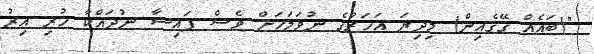
"(ބައެއް ގޭގެއިން) މިދިޔަ އަހަރުގެ ނުވަމަހަށް ވެސް ފައިސާ ނުދައްކާ ހުރި އިރު